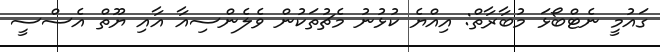
ގައުމީ ނެޓްބޯޅަ މުބާރާތް: އިއްޔެ ކުޅުނު މެޗުތަކުން ވެލެންސިއާ އާއި ޔޫތް އެސްސީ